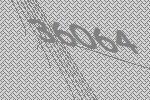
36064